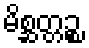
မိစ္ဆတ္တဉ္စ